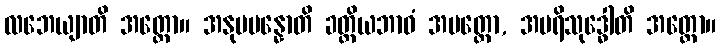
လဘေယျာတိ အတ္ထော။ အနုပပန္နောတိ ခတ္တိယဘာဝံ အပတ္တော, အပရိသုဒ္ဓေါတိ အတ္ထော။